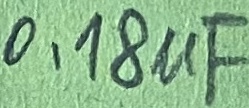
Text: 0,18µF